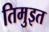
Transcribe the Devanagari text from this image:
तिमुइत